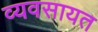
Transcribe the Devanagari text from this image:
व्यवसायत